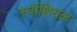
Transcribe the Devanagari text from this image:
स्पॉशियल